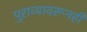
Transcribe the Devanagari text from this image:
पुराव्यावरूनही